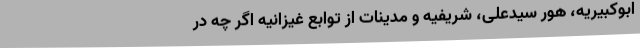
ابوکبیریه، هور سیدعلی، شریفیه و مدینات از توابع غیزانیه اگر چه در